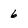
Character: 6